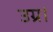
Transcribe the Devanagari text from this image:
उग्र।